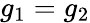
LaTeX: g_{1}=g_{2}